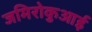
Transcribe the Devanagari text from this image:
जमिरोकुआई